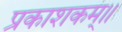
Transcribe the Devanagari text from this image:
प्रकाशकम्॥